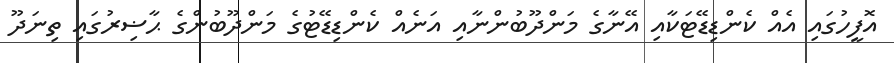
އޮފީހުގައި އެއް ކެންޑިޑޭޓަކާއި އޭނާގެ މަންދޫބުންނާއި އަނެއް ކެންޑިޑޭޓުގެ މަންދޫބުންގެ ޙާޟިރުގައި ތިނަދޫ